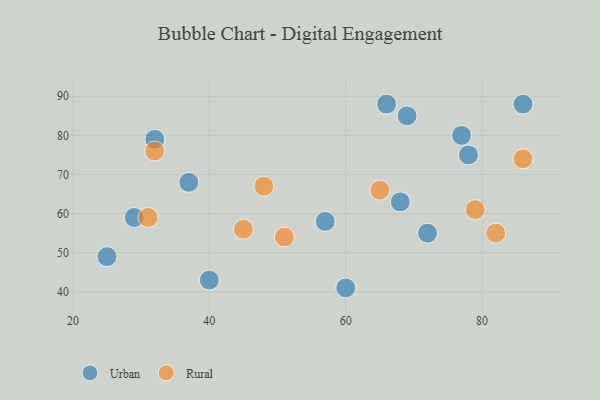
{"axis": {"x": "GDP", "y": "Life Expectancy"}, "legend": ["Rural", "Urban"], "data": [{"x": "72", "y": 55, "type": "Urban"}, {"x": "60", "y": 41, "type": "Urban"}, {"x": "86", "y": 88, "type": "Urban"}, {"x": "69", "y": 85, "type": "Urban"}, {"x": "68", "y": 63, "type": "Urban"}, {"x": "78", "y": 75, "type": "Urban"}, {"x": "25", "y": 49, "type": "Urban"}, {"x": "66", "y": 88, "type": "Urban"}, {"x": "77", "y": 80, "type": "Urban"}, {"x": "40", "y": 43, "type": "Urban"}, {"x": "37", "y": 68, "type": "Urban"}, {"x": "57", "y": 58, "type": "Urban"}, {"x": "32", "y": 79, "type": "Urban"}, {"x": "29", "y": 59, "type": "Urban"}, {"x": "65", "y": 66, "type": "Rural"}, {"x": "32", "y": 76, "type": "Rural"}, {"x": "86", "y": 74, "type": "Rural"}, {"x": "82", "y": 55, "type": "Rural"}, {"x": "31", "y": 59, "type": "Rural"}, {"x": "45", "y": 56, "type": "Rural"}, {"x": "51", "y": 54, "type": "Rural"}, {"x": "48", "y": 67, "type": "Rural"}, {"x": "79", "y": 61, "type": "Rural"}]}